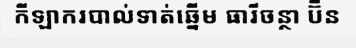
កីឡាករបាល់ទាត់ឆ្នើម ធារីចន្ថា ប៊ីន